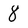
Character: 8